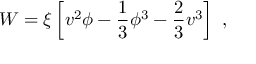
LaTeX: W = \xi \left[ v ^ { 2 } \phi - { \frac { 1 } { 3 } } \phi ^ { 3 } - { \frac { 2 } { 3 } } v ^ { 3 } \right] ~ ,